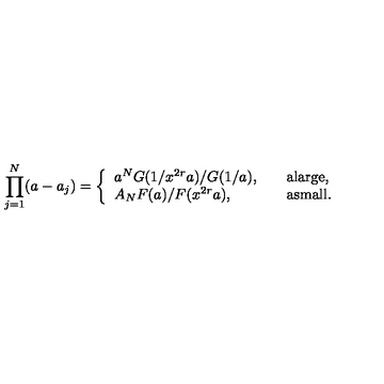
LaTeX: \prod _ { j = 1 } ^ { N } ( a - a _ { j } ) = \left\{ \begin{array} { l l } { a ^ { N } G ( 1 / x ^ { 2 r } a ) / G ( 1 / a ) , } & { \quad \mathrm { a l a r g e } , } \\ { A _ { N } F ( a ) / F ( x ^ { 2 r } a ) , } & { \quad \mathrm { a s m a l l } . } \\ \end{array} \right.